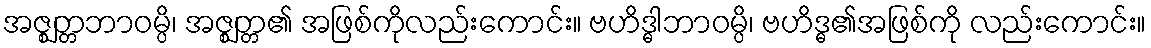
အဇ္ဈတ္တဘာဝမ္ပိ၊ အဇ္ဈတ္တ၏ အဖြစ်ကိုလည်းကောင်း။ ဗဟိဒ္ဓါဘာဝမ္ပိ၊ ဗဟိဒ္ဓ၏အဖြစ်ကို လည်းကောင်း။